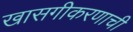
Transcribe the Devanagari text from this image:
खासगीकरणाची